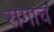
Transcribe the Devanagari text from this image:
रागाचं